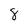
Character: 8